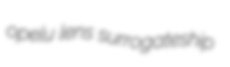
opelu lens surrogateship